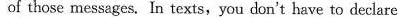
of those messages. In texts, you don't have to declare